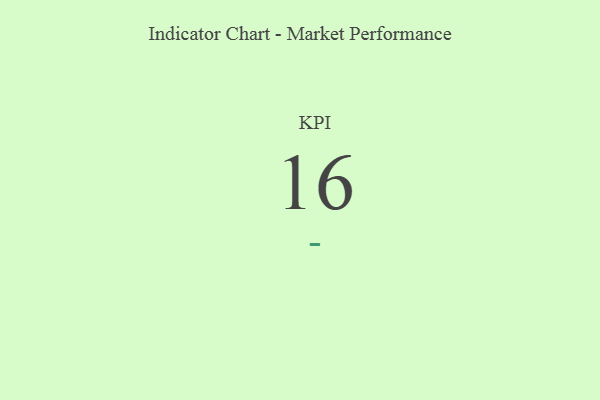
{"axis": {"x": "KPI", "y": "Value"}, "legend": [""], "data": [{"x": "KPI", "y": 16, "type": ""}]}